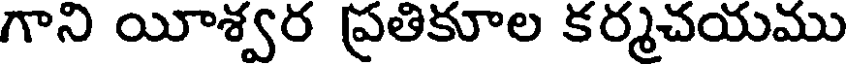
గాని యీశ్వర ప్రతికూల కర్మచయము